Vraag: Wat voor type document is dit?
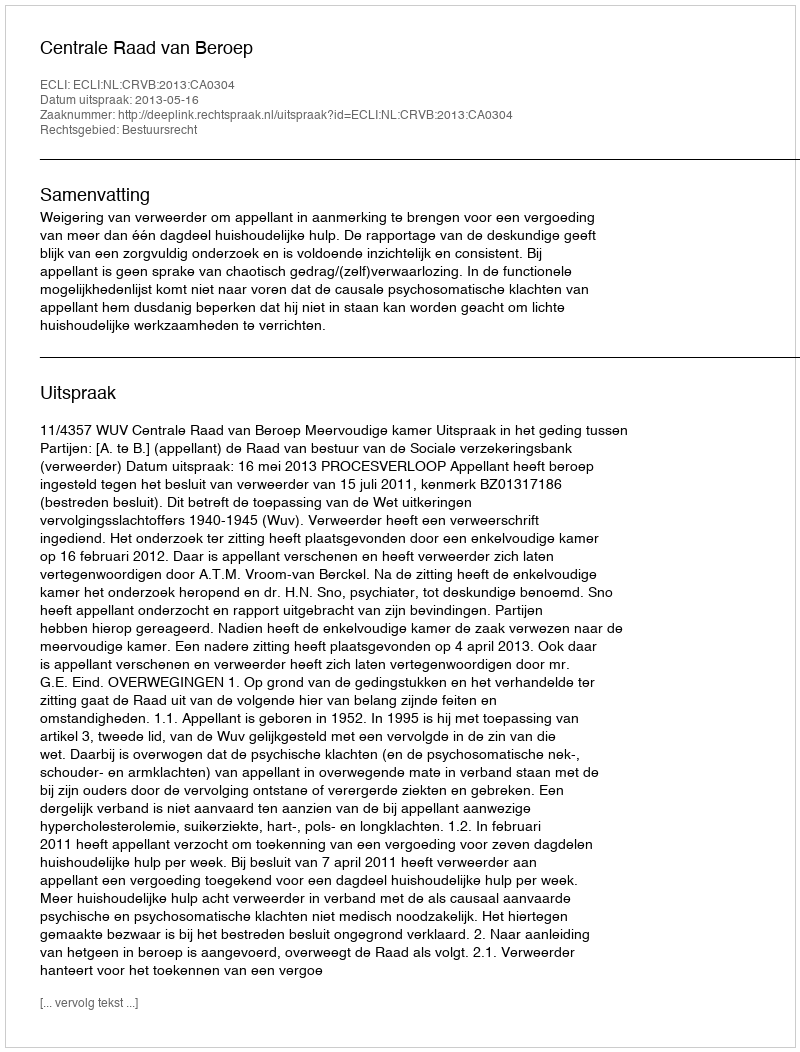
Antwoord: Uitspraak